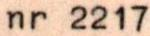
nr 2217